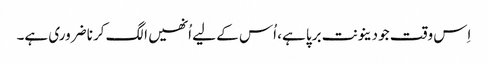
اِس وقت جو دینونت برپا ہے، اُس کے لیے اُنھیں الگ کرنا ضروری ہے۔